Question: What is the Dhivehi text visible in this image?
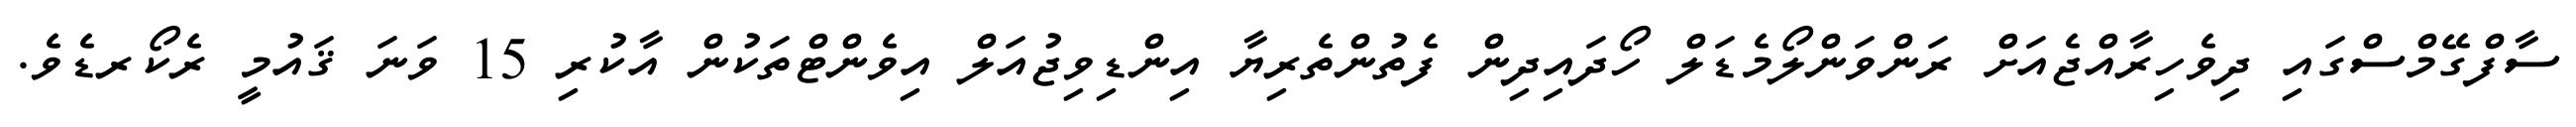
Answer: ސާފްގޭމްސްގައި ދިވެހިރާއްޖެއަށް ރަންވަންލޯމެޑަލް ހޯދައިދިން ފެތުންތެރިޔާ އިންޑިވިޖުއަލް އިވެންޓްތަކުން އާކުރި 15 ވަނަ ޤައުމީ ރެކޯރޑެވެ.